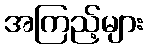
အကြည့်များ